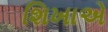
શિખાએ